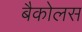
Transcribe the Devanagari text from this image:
बैकोलस